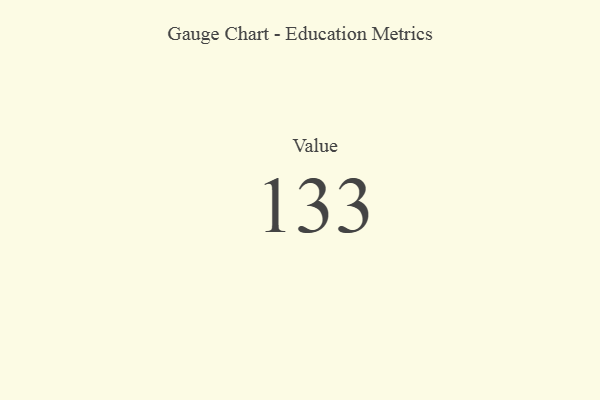
{"axis": {"x": "Metric", "y": "Value"}, "legend": [""], "data": [{"x": "Value", "y": 133, "type": ""}]}